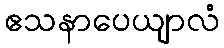
ဧသနာပေယျာလံ